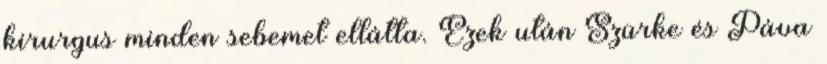
kirurgus minden sebemet ellátta. Ezek után Szürke és Páva